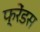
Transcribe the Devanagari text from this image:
फ्रेंडस